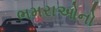
ભમરાઓનો